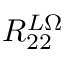
R _ { 2 2 } ^ { L \Omega }